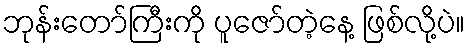
ဘုန်းတော်ကြီးကို ပူဇော်တဲ့နေ့ ဖြစ်လို့ပဲ။